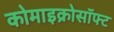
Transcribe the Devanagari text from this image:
कोमाइक्रोसॉफ्ट